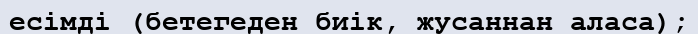
есімді (бетегеден биік, жусаннан аласа);